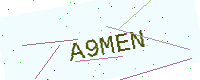
Text: A9MEN